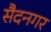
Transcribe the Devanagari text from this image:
सैदनगर